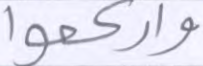
واركعوا